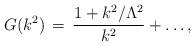
LaTeX: \begin{align*}G(k^2)\,=\,\frac{1+k^2/ \Lambda^2}{k^2} +\dots,\end{align*}